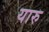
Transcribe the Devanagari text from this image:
यारु